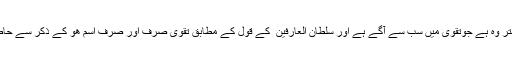
یاد رکھیں بہتر وہ ہے جوتقویٰ میں سب سے آگے ہے اور سلطان العارفین ؒ کے قول کے مطابق تقویٰ صرف اور صرف اسمِ ھُو کے ذکر سے حاصل ہوتا ہے۔